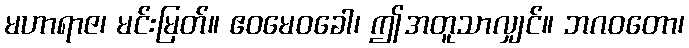
မဟာရာဇ၊ မင်းမြတ်။ ဧဝမေဝခေါ၊ ဤအတူသာလျှင်။ ဘဂဝတော၊